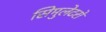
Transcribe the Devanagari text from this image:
सिमुलेटरों